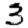
Digit: 3